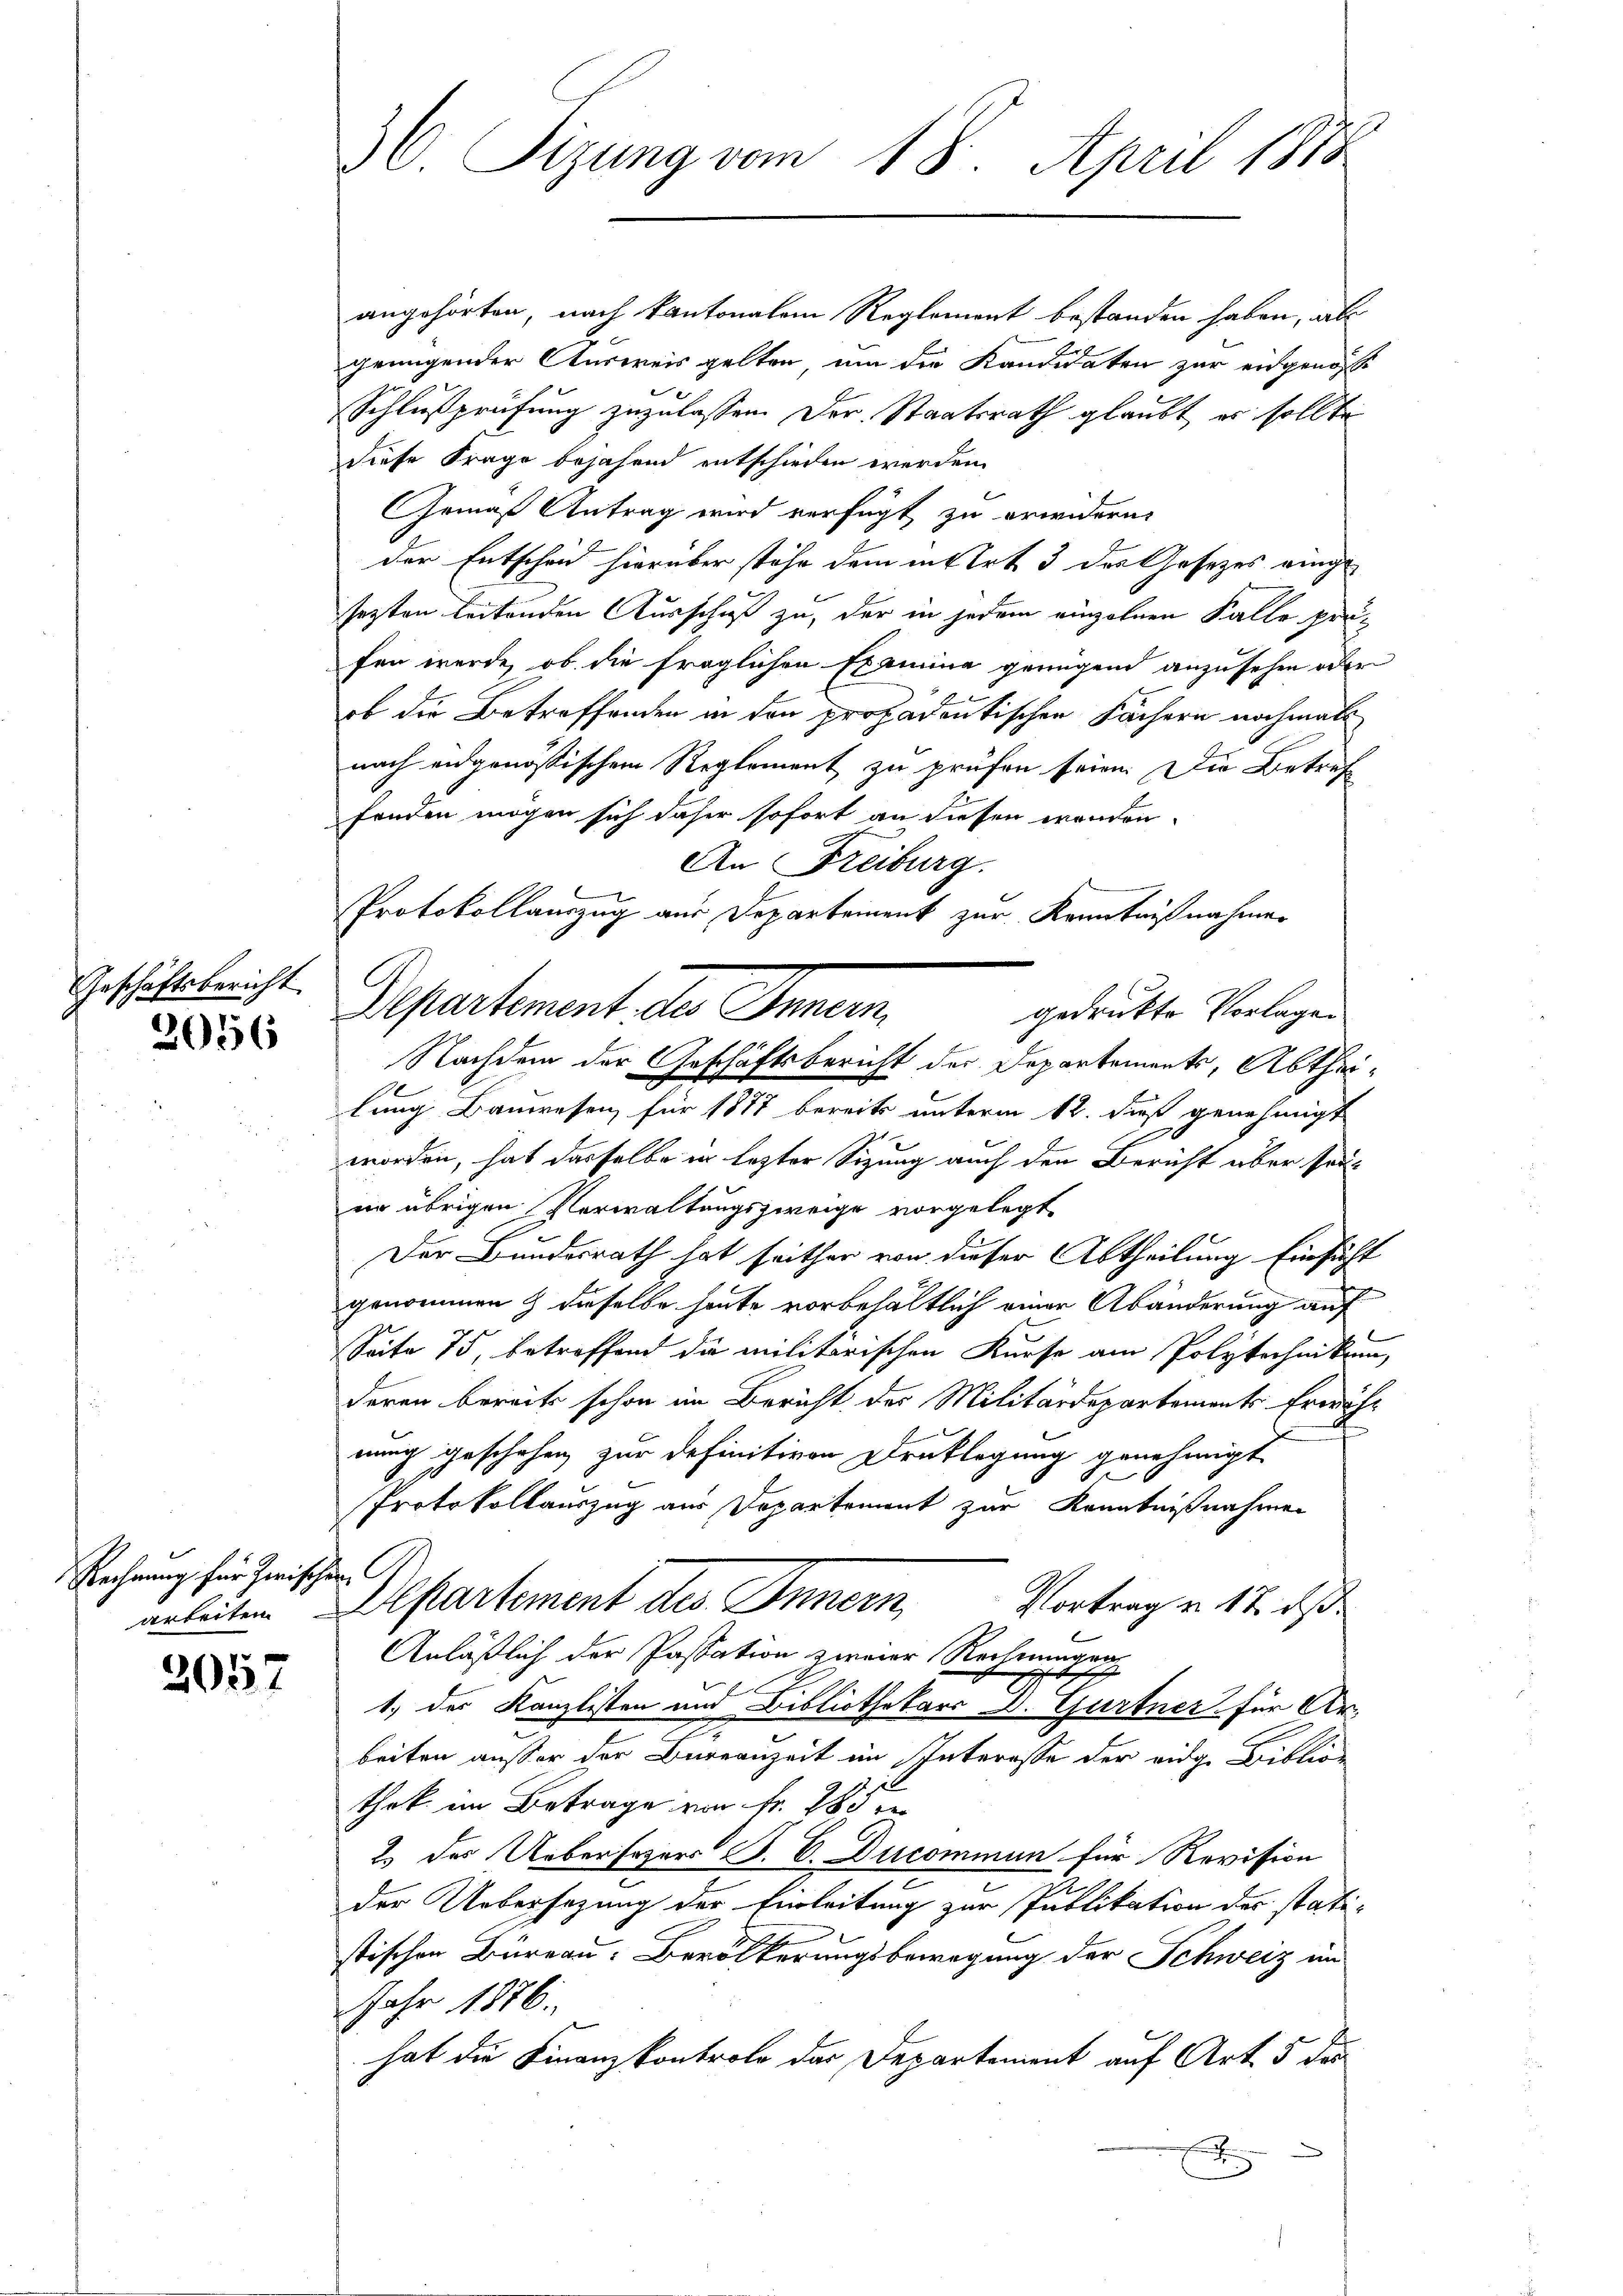
Geschäftsbericht
3056

Rechnung für zwischen

2057

angehörten, nach kantonalein Reglement bestanden haben, als
genügender Ausweis gelten, um die Kandidaten zur eidgenosse
Schlussprüfung zuzulassen. Der Staatsrath glaubt er sollte
diese Frage bejahend entschieden werden.
1
Gemäß Antrag wird verfügt zu erwidern,
der Entscheid hierüber stehe dem intert 3 des Gesetzes eingesezten leitenden Ausschuß zu, der in jedem einzelnen Falle profen werde, ob die fraglichen Examina genügend anzusehen oder
ob die Betreffenden in den profadentischen Fächern nochmals
nach eidgenössischem Reglement zu prüfen seien. Die Betref
fenden mögen sich daher sofort an diesen werden.
An Freiburg.
Protokollauszug aus Departement zur Kenntnißnahmen
Separtement des Innern.
gedruckte Vorlagen
Nachdem der Geschäftsbericht der Departements, Abtheilung Bauwesen für 1877 bereits unterm 12. daß genehmigt
worden, hat dasselbe er lezter Sitzung auch den Bericht aber sei-
er übrigen Verwaltungszweige vorgelegt.
Der Bundesrath hat seither von dieser Abtheilung Einsicht
genommen & dieselbe heute vorbehältlich einer Abänderung auf
Seite 75, betreffend die militärischen Kurse am Polytechnikum,
deren bereits schon im Bericht des Militärdepartements Erwähnung geschehen zur definitiven Drucklegung genehmigt
Protokollauszug aus Departement zur Kenntnißnahmen
Vortrag u. 12. ds.
arbeiten Departement des Innern,
b
Anläßlich der Passation zweier Rechnungssch
x
1.) des Kanzlisten und Bibliothekars D. Gurtner für Ar-
beiten außer der Bureauzeit im Interesse der eidge Bibliothek im Betrage von Fr. 285
2 des Uebersezers P. C. Ducommun für Revision
der Uebersezung der Einleitung zur Publikation der statistischen Büreau. Berolerungsbewegung der Schweiz im
Jahr 1876.
hat die Finanzkontrolo das Departement auf Art. 5 des
B
x

36. Sizung vom 18. April 1888